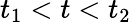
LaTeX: t_{1}<t<t_{2}